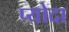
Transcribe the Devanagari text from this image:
प्योदा